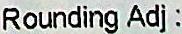
ROUNDING ADJ: